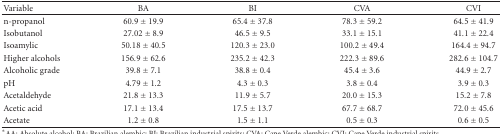
<table><thead><tr><td><b>Variable</b></td><td><b>BA</b></td><td><b>BI</b></td><td><b>CVA</b></td><td><b>CVI</b></td></tr></thead><tbody><tr><td>n-propanol</td><td>60.9 ± 19.9</td><td>65.4 ± 37.8</td><td>78.3 ± 59.2</td><td>64.5 ± 41.9</td></tr><tr><td>Isobutanol</td><td>27.02 ± 8.9</td><td>46.5 ± 9.5</td><td>33.1 ± 15.1</td><td>41.1 ± 22.4</td></tr><tr><td>Isoamylic</td><td>50.18 ± 40.5</td><td>120.3 ± 23.0</td><td>100.2 ± 49.4</td><td>164.4 ± 94.7</td></tr><tr><td>Higher alcohols</td><td>156.9 ± 62.6</td><td>235.2 ± 42.3</td><td>222.3 ± 89.6</td><td>282.6 ± 104.7</td></tr><tr><td>Alcoholic grade</td><td>39.8 ± 7.1</td><td>38.8 ± 0.4</td><td>45.4 ± 3.6</td><td>44.9 ± 2.7</td></tr><tr><td>pH</td><td>4.79 ± 1.2</td><td>4.3 ± 0.3</td><td>3.8 ± 0.4</td><td>3.9 ± 0.3</td></tr><tr><td>Acetaldehyde</td><td>21.8 ± 13.3</td><td>11.9 ± 5.7</td><td>20.0 ± 15.3</td><td>15.2 ± 7.8</td></tr><tr><td>Acetic acid</td><td>17.1 ± 13.4</td><td>17.5 ± 13.7</td><td>67.7 ± 68.7</td><td>72.0 ± 45.6</td></tr><tr><td>Acetate</td><td>1.2 ± 0.8</td><td>1.5 ± 1.1</td><td>0.5 ± 0.3</td><td>0.6 ± 0.5</td></tr></tbody></table>